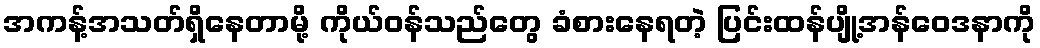
အကန့်အသတ်ရှိနေတာမို့ ကိုယ်ဝန်သည်တွေ ခံစားနေရတဲ့ ပြင်းထန်ပျို့အန်ဝေဒနာကို